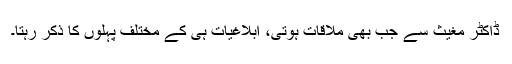
ڈاکٹر مغیث سے جب بھی ملاقات ہوتی، ابلاغیات ہی کے مختلف پہلوں کا ذکر رہتا۔